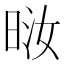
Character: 𪰤